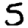
Digit: 5